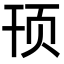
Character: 顸